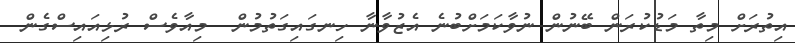
އިތުރަށް މިތާ މަޑުކުރަން ބޭނުން ނުވާކަމަށްބުނެ އެޒުވާނާ ހިނގައިގަތުމުން  މިއާވެސް ރުޅިއައިސްގެން